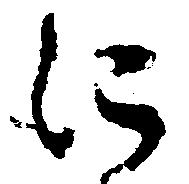
に